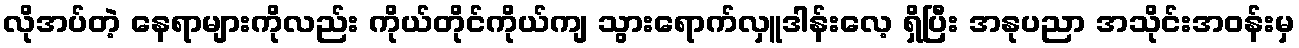
လိုအပ်တဲ့ နေရာများကိုလည်း ကိုယ်တိုင်ကိုယ်ကျ သွားရောက်လှူဒါန်းလေ့ ရှိပြီး အနုပညာ အသိုင်းအဝန်းမှ